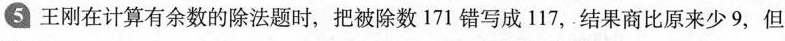
5王刚在计算有余数的除法题时，把被除数171错写成117，结果商比原来少9，但